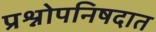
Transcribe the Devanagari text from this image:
प्रश्नोपनिषदात